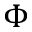
\Phi